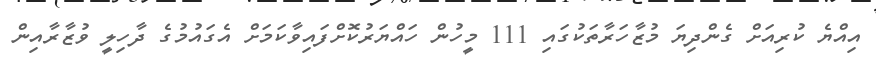
އިއްޔެ ކުރިއަށް ގެންދިޔަ މުޒާހަރާތަކުގައި 111 މީހުން ހައްޔަރުކޮށްފައިވާކަމަށް އެގައުމުގެ ދާހިލީ ވުޒާރާއިން